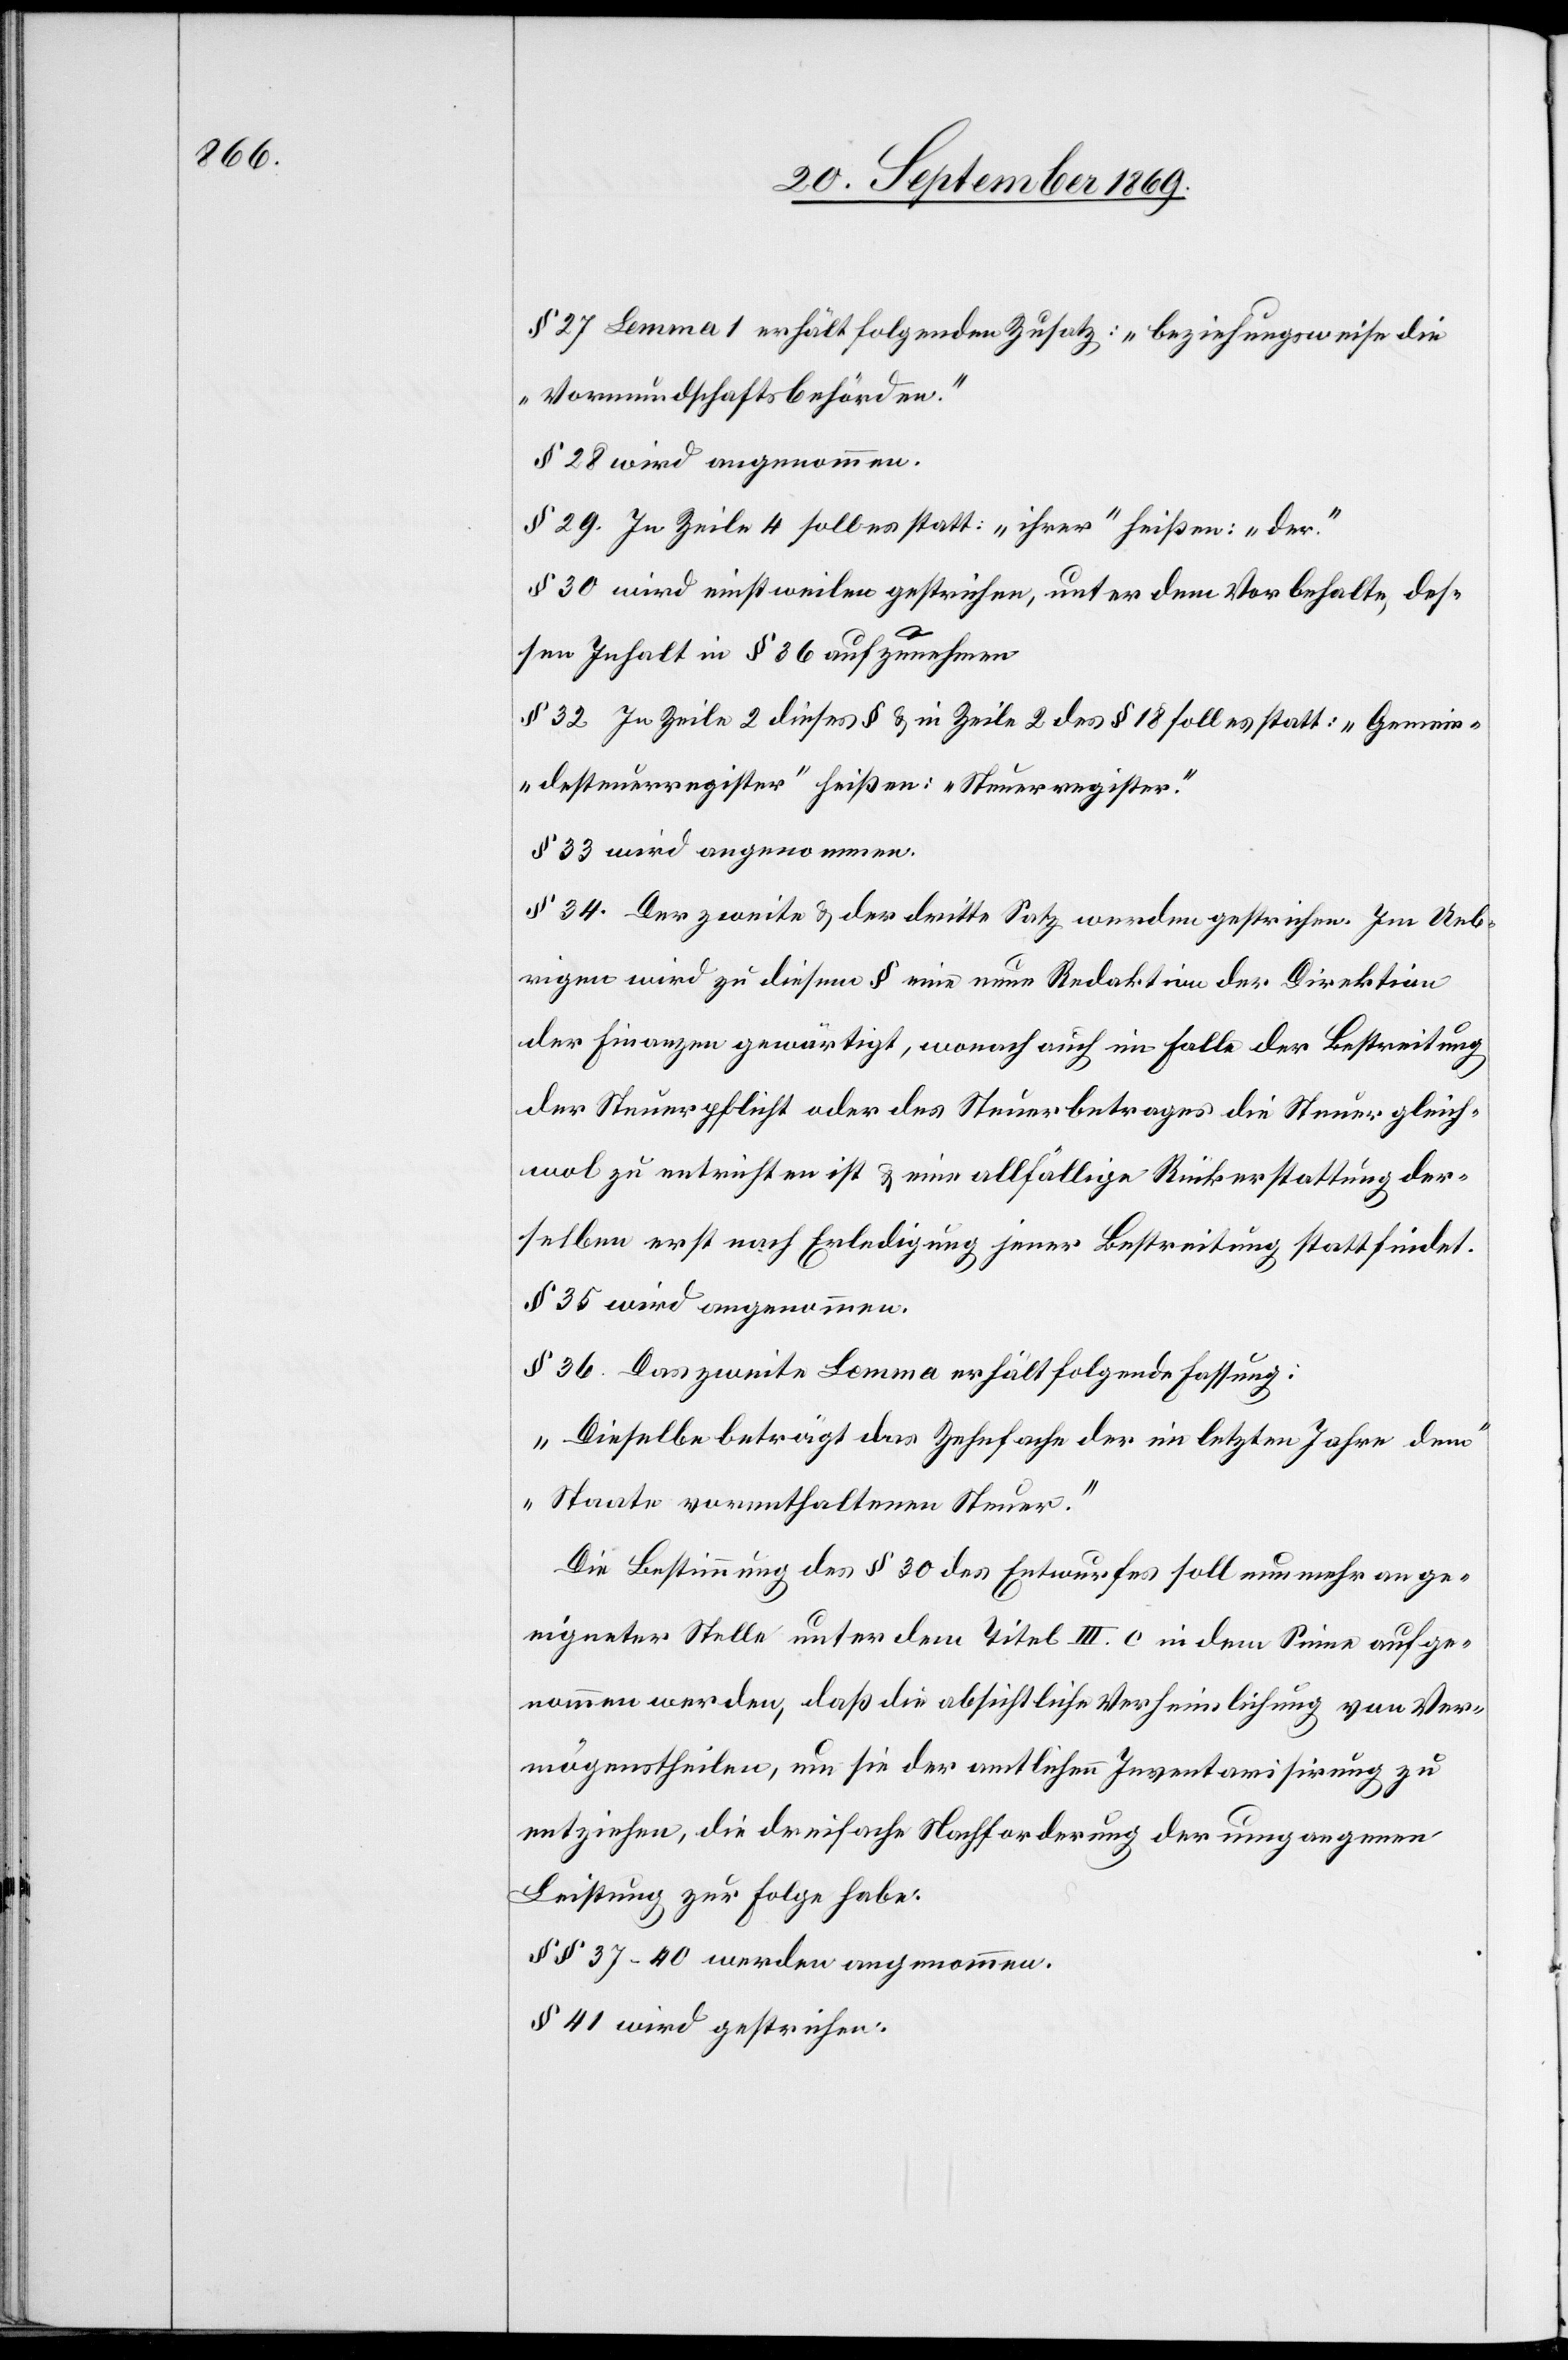
§ 27 Lemma 1 erhält folgenden Zusatz: „beziehungsweise die
Vormundschaftsbehörden.“
§ 28 wird angenommen.
§ 29. In Zeile 4 soll es statt „ihrer“ heissen: „der“
§ 30 wird einstweilen gestrichen, unter dem Vorbehalte, des¬
sen Inhalt in § 36 aufzunehmen.
§ 32 In Zeile 2 dieses § & in Zeile 2 des § 18 soll es statt: „Gemein¬
desteuerregister“ hießen: „Steuerregister.“
§ 34. Der zweite & der dritte Satz werden gestrichen. Im Ueb¬
rigen wird zu diesem § eine neue Redaktion der Direktion
der Finanzen gewärtigt, wonach auch im Falle der Bestreitung
der Steuerpflicht oder des Steuerbetrages die Steuer gleich¬
wol zu entrichten ist & eine allfällige Rückerstattung der¬
selben erst nach Erledigung jener Bestreitung stattfindet.
§ 35 wird angenommen.
§ 36. Das zweite Lemma erhält folgende Fassung:
„Dieselbe beträgt das Zehnfache der im letzten Jahre dem
Staate vorenthaltenen Steuer.“
Die Bestimmung des § 30 des Entwurfes soll nunmehr an ge¬
eigneter Stelle unter dem Titel III. c in dem Sinne aufge¬
nommen werden, daß die absichtliche Verheimlichung von Ver¬
mögenstheilen, um sie der amtlichen Inventarisirung zu
entziehen, die dreifache Nachforderung der umgangenen
Leistung zur Folge habe.
§§ 37–40 werden angenommen.
§ 41 wird gestrichen.